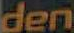
den